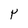
Character: P